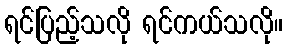
ရင်ပြည့်သလို ရင်ကယ်သလို။